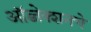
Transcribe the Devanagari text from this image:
ऑब्जेक्शनचे